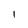
Character: I